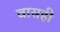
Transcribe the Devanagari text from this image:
वासही